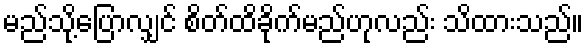
မည်သို့ပြောလျှင် စိတ်ထိခိုက်မည်ဟုလည်း သိထားသည်။